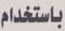
باستخدام